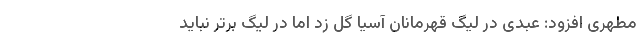
مطهری افزود: عبدی در لیگ قهرمانان آسیا گل زد اما در لیگ برتر نباید